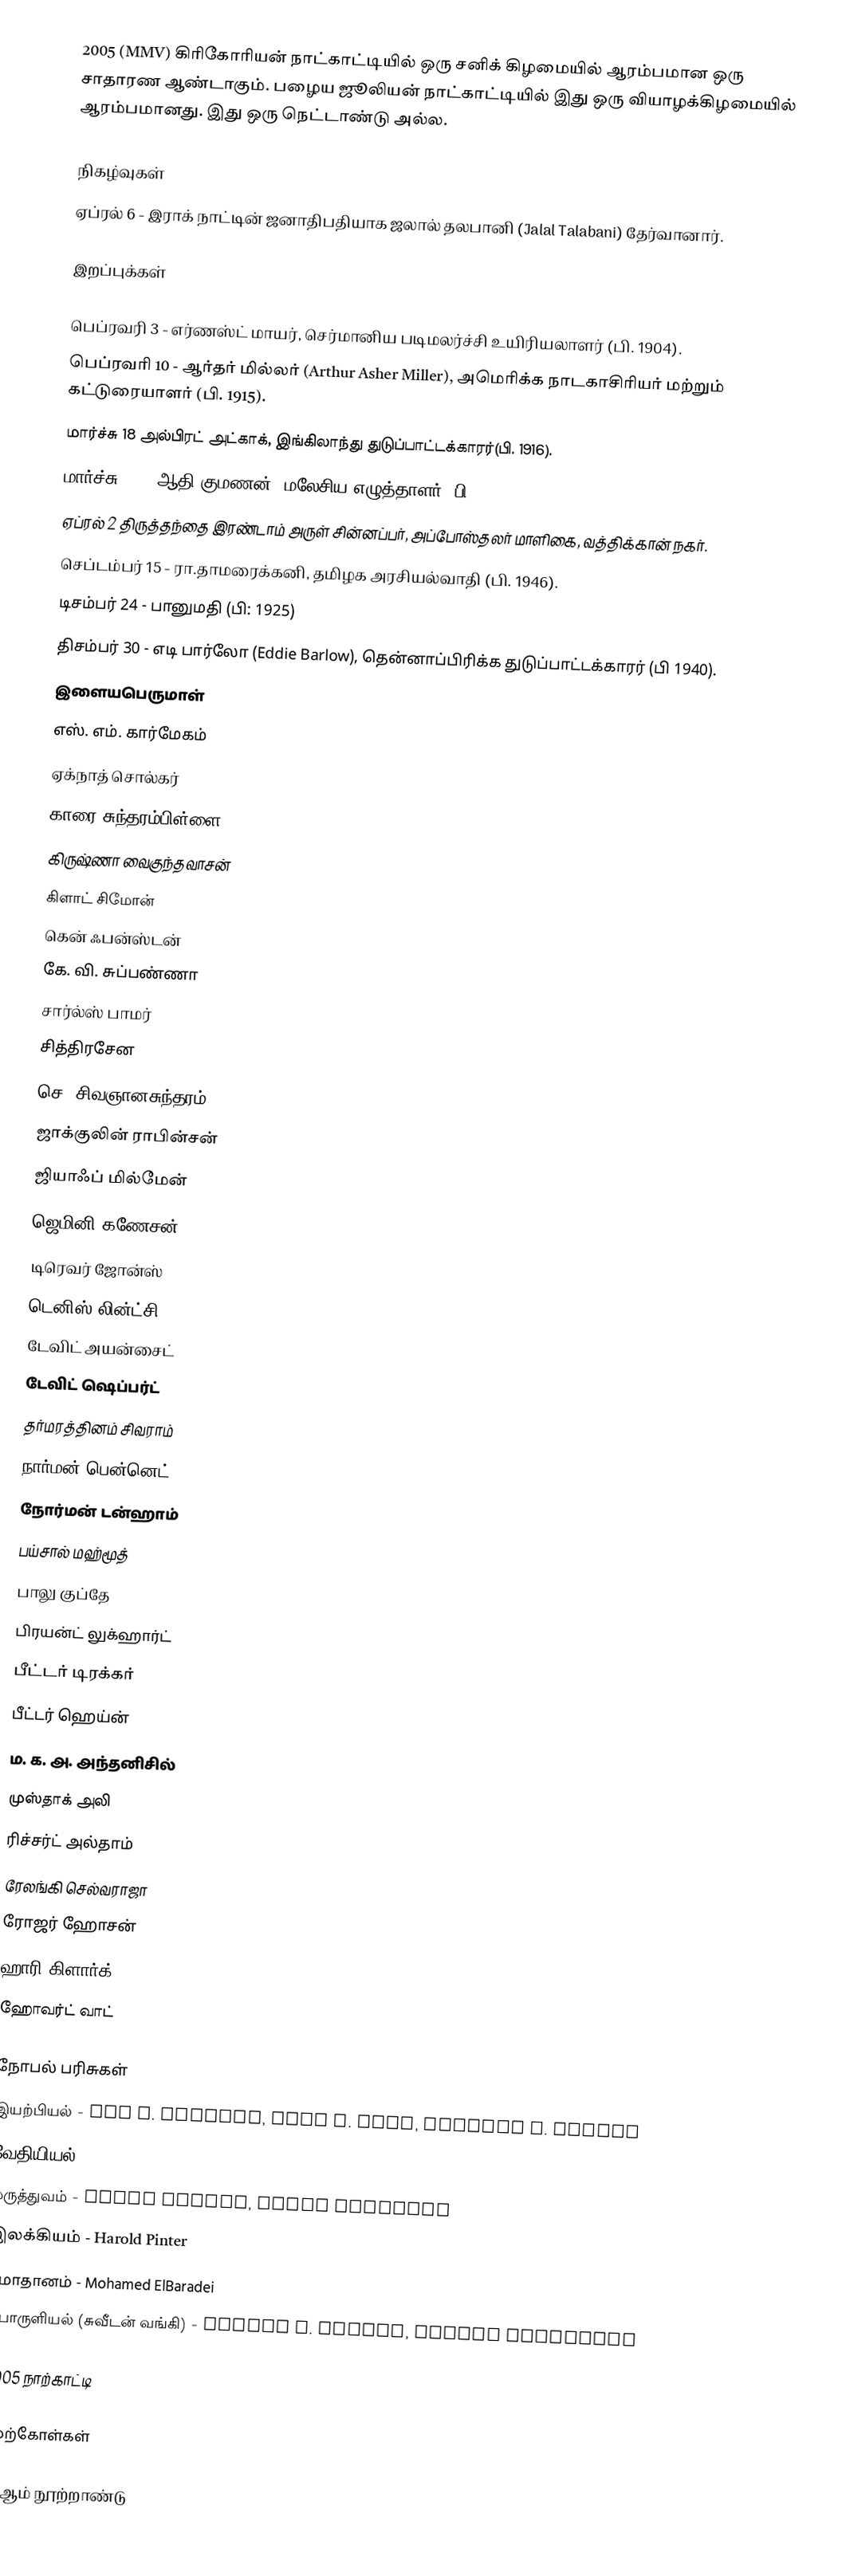
2005 (MMV) கிரிகோரியன் நாட்காட்டியில் ஒரு சனிக் கிழமையில் ஆரம்பமான ஒரு சாதாரண ஆண்டாகும். பழைய ஜூலியன் நாட்காட்டியில் இது ஒரு வியாழக்கிழமையில் ஆரம்பமானது. இது ஒரு நெட்டாண்டு அல்ல.

நிகழ்வுகள்
 ஏப்ரல் 6 - இராக் நாட்டின் ஜனாதிபதியாக ஜலால் தலபானி (Jalal Talabani) தேர்வானார்.

இறப்புக்கள்

 பெப்ரவரி 3 - எர்ணஸ்ட் மாயர், செர்மானிய படிமலர்ச்சி உயிரியலாளர் (பி. 1904).
 பெப்ரவரி 10 - ஆர்தர் மில்லர் (Arthur Asher Miller), அமெரிக்க நாடகாசிரியர் மற்றும் கட்டுரையாளர் (பி. 1915).
 மார்ச்சு 18 அல்பிரட் அட்காக், இங்கிலாந்து துடுப்பாட்டக்காரர்(பி. 1916).
 மார்ச்சு 28 - ஆதி குமணன்,  மலேசிய எழுத்தாளர் (பி. 1950).
 ஏப்ரல் 2 திருத்தந்தை இரண்டாம் அருள் சின்னப்பர், அப்போஸ்தலர் மாளிகை, வத்திக்கான் நகர்.
 செப்டம்பர் 15 - ரா.தாமரைக்கனி, தமிழக அரசியல்வாதி (பி. 1946).
 டிசம்பர் 24 - பானுமதி (பி: 1925)
 திசம்பர் 30 - எடி பார்லோ (Eddie Barlow), தென்னாப்பிரிக்க துடுப்பாட்டக்காரர் (பி 1940).
 இளையபெருமாள்
 எஸ். எம். கார்மேகம்
 ஏக்நாத் சொல்கர்
 காரை சுந்தரம்பிள்ளை
 கிருஷ்ணா வைகுந்தவாசன்
 கிளாட் சிமோன்
 கென் ஃபன்ஸ்டன்
 கே. வி. சுப்பண்ணா
 சார்ல்ஸ் பாமர்
 சித்திரசேன
 செ. சிவஞானசுந்தரம்
 ஜாக்குலின் ராபின்சன்
 ஜியாஃப் மில்மேன்
 ஜெமினி கணேசன்
 டிரெவர் ஜோன்ஸ்
 டெனிஸ் லின்ட்சி
 டேவிட் அயன்சைட்
 டேவிட் ஷெப்பர்ட்
 தர்மரத்தினம் சிவராம்
 நார்மன் பென்னெட்
 நோர்மன் டன்ஹாம்
 பய்சால் மஹ்மூத்
 பாலு குப்தே
 பிரயன்ட் லுக்ஹார்ட்
 பீட்டர் டிரக்கர்
 பீட்டர் ஹெய்ன்
 ம. க. அ. அந்தனிசில்
 முஸ்தாக் அலி
 ரிச்சர்ட் அல்தாம்
 ரேலங்கி செல்வராஜா
 ரோஜர் ஹோசன்
 ஹாரி கிளார்க்
 ஹோவர்ட் வாட்

நோபல் பரிசுகள்
 இயற்பியல் - Roy J. Glauber, John L. Hall, Theodor W. Hänsch
 வேதியியல் - Robert Grubbs, Richard Schrock, Yves Chauvin
 மருத்துவம் - Robin Warren, Barry Marshall
 இலக்கியம் - Harold Pinter
 சமாதானம் - Mohamed ElBaradei
 பொருளியல் (சுவீடன் வங்கி) - Robert J. Aumann, Thomas Schelling

2005 நாற்காட்டி

மேற்கோள்கள்

21-ஆம் நூற்றாண்டு